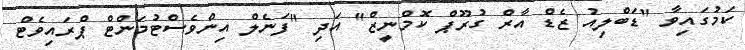
ކަމުގައިވާ "ޑަބްލިއު ޒެޑް އާރް ގުރޫޕް ކޮމްނީޒް" އަދި "ފަނެލް އިންވެސްޓުމަންޓް ޕްރައިވެޓް